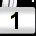
Digit: 1